Report of an investigation into the causes of malaria in Bombay and the measures necessary for its control
Disease focus: Malaria
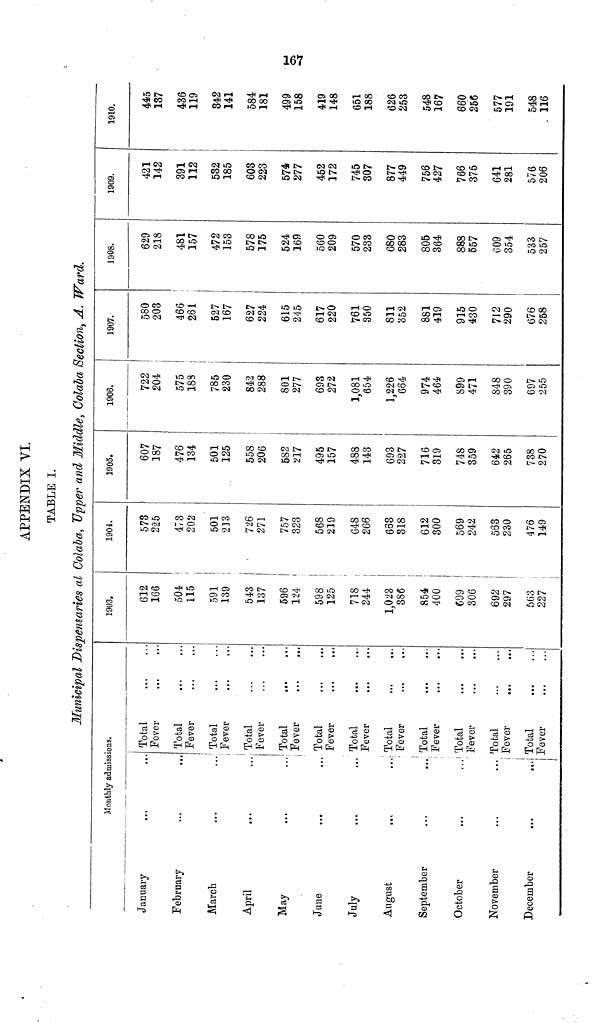
Ci
APPENDIX VI.
TABLE I.
Municipal Dispensaries ai Colaba, Upper and Middle, Colaba Section, A. Ward.
Monthly admissions.
January
February
March
April
May
June
July
August
...
....
September
October
November
...
....
i
December
Total
Fever
Total
Fever
Total
Fever
Total
Fever
Total
Fever
...
...
Total
Fever
Total
Fever
Total
Fever
Total
Fever
Total
Fever
Total
Fever
Total
Fever
1903.
612
166
504
115
591
139
543
137
596
124
598
125
718
244
1,023
386
854
400
699
306
692
297
563
227
190
573
225
473
!
202
501
213
726
271
757
323
568
219
648
266
663
318
612
300
569
242
563
230
476
149
1905.
607
187
476
134
501
125
558
206
582
217
495
157
488
143
693
227
716
319
748
359
6ê2
265
738
270
1906.
722
204
575
183
785
230
842
288
801
277
693
272
1,081
654
1,226
664
974
464
899
471
848
390
697
255
1907.
580
203
466
261
527
167
627
224
615
245
617
220
761
350
811
352
881
419
915
430
712
290
676
258
1908.
629
218
481
157
472
153
578
175
524
169
560
209
570
233
680
283
805
364
888
557
609
354
533
257
1909.
421
142
391
112
532
185
603
223
574
277
452
172
745
307
877
449
756
427
766
375
641
281
576
206
1910.
445
137
436
119
342
141
584
181
499
158
419
148
651
188
626
253
548
167
660
256
577
191
548
116